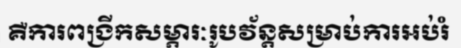
គឺការពង្រីកសម្ភារៈរូបវ័ន្តសម្រាប់ការអប់រំ